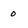
Character: 0